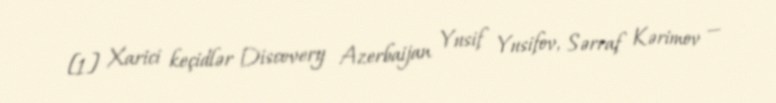
[1] Xarici keçidlər Discovery Azerbaijan Yusif Yusifov, Sərraf Kərimov —